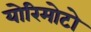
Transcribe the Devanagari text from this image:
योरिमोटो